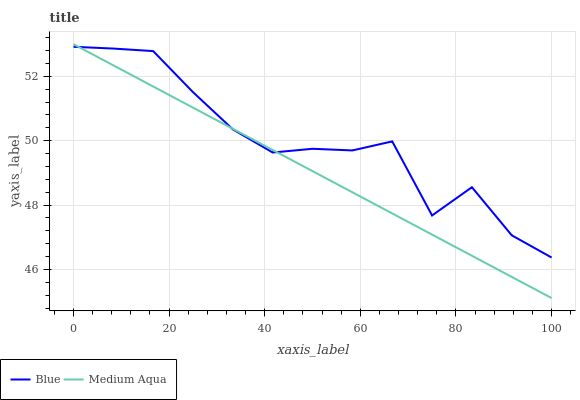
| xaxis_label | Blue | Medium Aqua |
 | --- | --- | --- |
 | 0 | 52.9 | 53 |
 | 8.33 | 52.9 | 52.3 |
 | 16.7 | 52.8 | 51.7 |
 | 25 | 51.5 | 51 |
 | 33.3 | 50.4 | 50.4 |
 | 41.7 | 49.6 | 49.7 |
 | 50 | 49.8 | 49.1 |
 | 58.3 | 49.7 | 48.4 |
 | 66.7 | 50 | 47.7 |
 | 75 | 47.7 | 47.1 |
 | 83.3 | 48.6 | 46.4 |
 | 91.7 | 47.1 | 45.8 |
 | 100 | 46.4 | 45.1 |